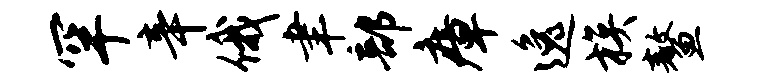
罕辛俄聿部瘴逸族鳌